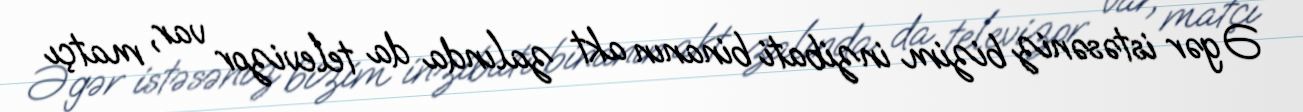
Əgər istəsəniz bizim inzibati binanın akt zalında da televizor var, matçı